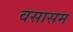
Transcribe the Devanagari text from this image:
वसासम